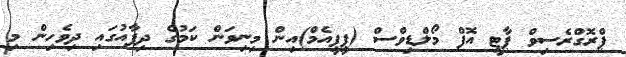
ޕްރޮގްރެސިވް ޕާޓީ އޮފް މޯލްޑިވްސް (ޕީޕީއެމް)އިން މިނިވަން ކަމުގެ ދިފާއުގައި ދިވެހިން މި